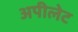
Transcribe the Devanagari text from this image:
अपीलेट